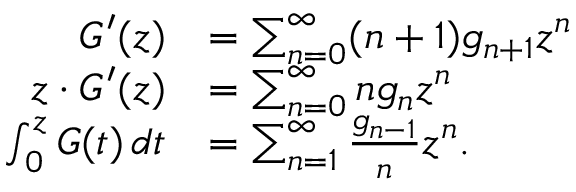
{ \begin{array} { r l } { G ^ { \prime } ( z ) } & { = \sum _ { n = 0 } ^ { \infty } ( n + 1 ) g _ { n + 1 } z ^ { n } } \\ { z \cdot G ^ { \prime } ( z ) } & { = \sum _ { n = 0 } ^ { \infty } n g _ { n } z ^ { n } } \\ { \int _ { 0 } ^ { z } G ( t ) \, d t } & { = \sum _ { n = 1 } ^ { \infty } { \frac { g _ { n - 1 } } { n } } z ^ { n } . } \end{array} }